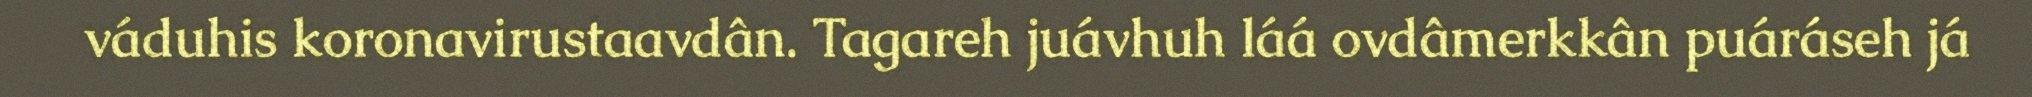
váduhis koronavirustaavdân. Tagareh juávhuh láá ovdâmerkkân puáráseh já